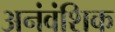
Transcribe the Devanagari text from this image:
अनंवंशिक